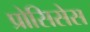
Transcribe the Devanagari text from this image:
प्रोसिसेस